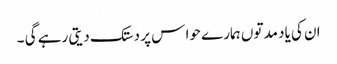
ان کی یاد مدتوں ہمارے حوا س پر دستک دیتی رہے گی ۔